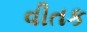
વીતક